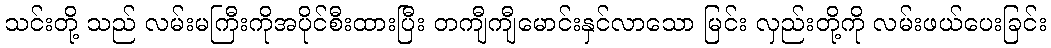
သင်းတို့ သည် လမ်းမကြီးကိုအပိုင်စီးထားပြီး တကျီကျီမောင်းနှင်လာသော မြင်း လှည်းတို့ကို လမ်းဖယ်ပေးခြင်း